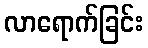
လာရောက်ခြင်း